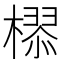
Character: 𣚉